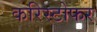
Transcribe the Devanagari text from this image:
करिस्टोफर